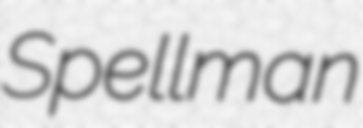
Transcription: Spellman